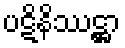
ပဋိနိဿဋ္ဌာ